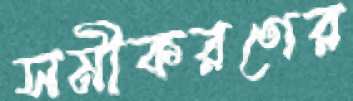
সমীকরণের